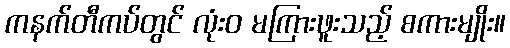
ကနက်တီကပ်တွင် လုံးဝ မကြားဖူးသည့် စကားမျိုး။